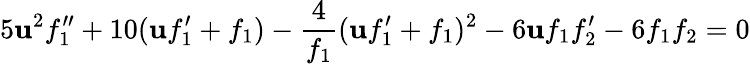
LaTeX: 5\mathbf{u}^{2}f_{1}^{\prime\prime}+10(\mathbf{u}f_{1}^{\prime}+f_{1})-\frac{{4}}{{f_{1}}}(\mathbf{u}f_{1}^{\prime}+f_{1})^{2}-6\mathbf{u}f_{1}f_{2}^{\prime}-6f_{1}f_{2}=0